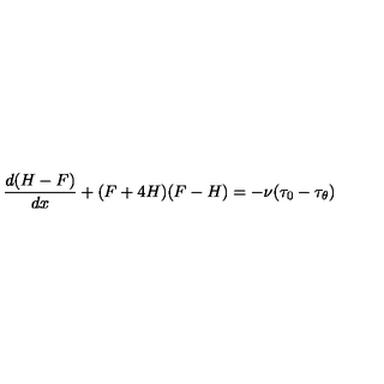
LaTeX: \frac { d ( H - F ) } { d x } + ( F + 4 H ) ( F - H ) = - \nu ( \tau _ { 0 } - \tau _ { \theta } )